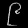
Digit: ၉